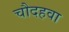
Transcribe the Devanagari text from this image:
चौदहवा